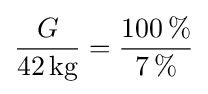
{\frac {G}{42\,{\text{kg}}}}={\frac {100\,\%}{7\,\%}}